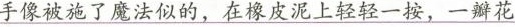
手像被施了魔法似的，在橡皮泥上轻轻一接，一瓣花